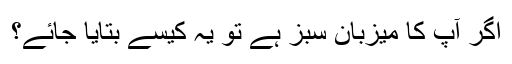
اگر آپ کا میزبان سبز ہے تو یہ کیسے بتایا جائے؟